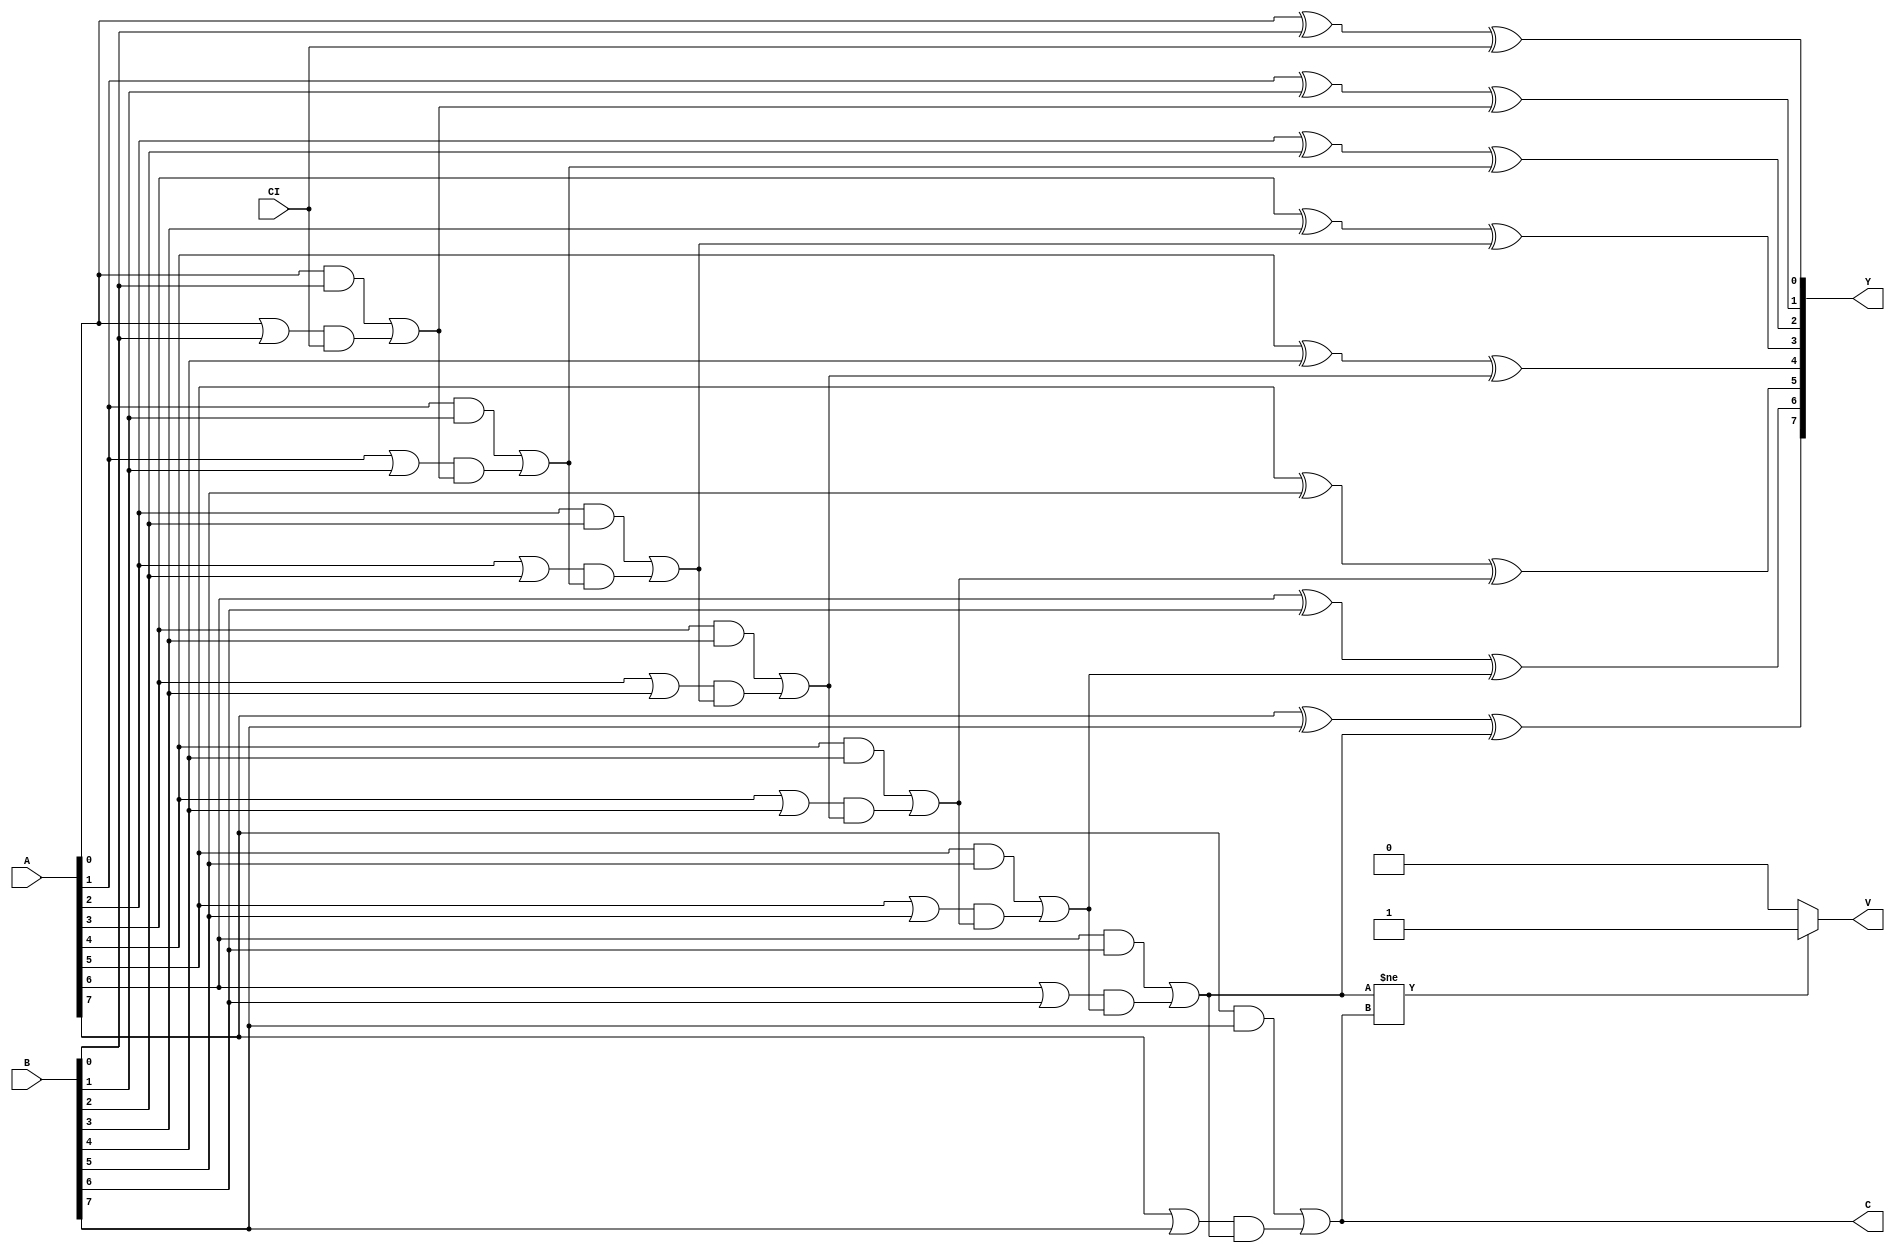
module adder(A, B, CI, Y, C, V); // add all inputs and outputs inside parentheses

  // inputs
  input [7:0] A;
  input [7:0] B;
  input CI;

  // outputs
  output [7:0] Y;
  output C;
  output V;
  
  reg V;
  
  wire [7:0] G;
  wire [7:0] P;
  wire [7:0] c;
  
  
  //compute carry out ith position
  
	assign G[0] = A[0] & B[0];
	assign G[1] = A[1] & B[1];
	assign G[2] = A[2] & B[2];
	assign G[3] = A[3] & B[3];
	assign G[4] = A[4] & B[4];
	assign G[5] = A[5] & B[5];
	assign G[6] = A[6] & B[6];
	assign G[7] = A[7] & B[7];
	
	assign P[0] = A[0] | B[0];
	assign P[1] = A[1] | B[1];
	assign P[2] = A[2] | B[2];
	assign P[3] = A[3] | B[3];
	assign P[4] = A[4] | B[4];
	assign P[5] = A[5] | B[5];
	assign P[6] = A[6] | B[6];
	assign P[7] = A[7] | B[7];
	
	assign c[0] = G[0] | P[0] & CI;
	assign c[1] = G[1] | P[1] & c[0];
	assign c[2] = G[2] | P[2] & c[1];
	assign c[3] = G[3] | P[3] & c[2];
	assign c[4] = G[4] | P[4] & c[3];
	assign c[5] = G[5] | P[5] & c[4];
	assign c[6] = G[6] | P[6] & c[5];
	assign c[7] = G[7] | P[7] & c[6];
	
	//set carry out of MSB
	assign C = c[7];
	
	assign Y[0] = A[0]^B[0]^CI;
	assign Y[1] = A[1]^B[1]^c[0];
	assign Y[2] = A[2]^B[2]^c[1];
	assign Y[3] = A[3]^B[3]^c[2];
	assign Y[4] = A[4]^B[4]^c[3];
	assign Y[5] = A[5]^B[5]^c[4];
	assign Y[6] = A[6]^B[6]^c[5];
	assign Y[7] = A[7]^B[7]^c[6];
	
	
	//set V if overflow occurred
	always @ (c[6],c[7], Y[7]) begin 
		if (c[6] != c[7]) V<=1; else V<=0;
	end 
  
endmodule